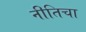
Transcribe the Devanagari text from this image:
नीतिचा